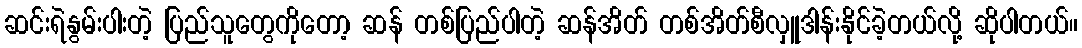
ဆင်းရဲနွမ်းပါးတဲ့ ပြည်သူတွေကိုတော့ ဆန် တစ်ပြည်ပါတဲ့ ဆန်အိတ် တစ်အိတ်စီလှူဒါန်းနိုင်ခဲ့တယ်လို့ ဆိုပါတယ်။